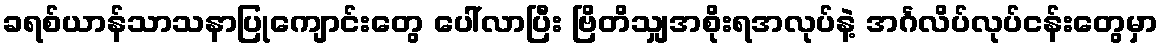
ခရစ်ယာန်သာသနာပြုကျောင်းတွေ ပေါ်လာပြီး ဗြိတိသျှအစိုးရအလုပ်နဲ့ အင်္ဂလိပ်လုပ်ငန်းတွေမှာ